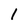
Character: 1